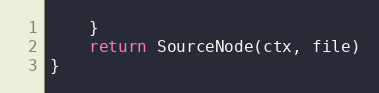
Language: Go
	}
	return SourceNode(ctx, file)
}